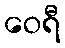
ဝေရီ